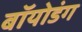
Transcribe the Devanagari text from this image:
बॉयोडंग